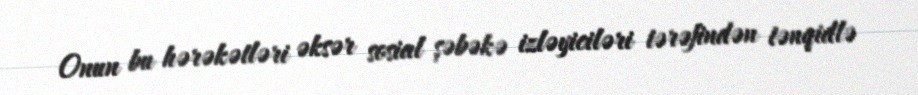
Onun bu hərəkətləri əksər sosial şəbəkə izləyiciləri tərəfindən tənqidlə